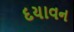
દયાવન